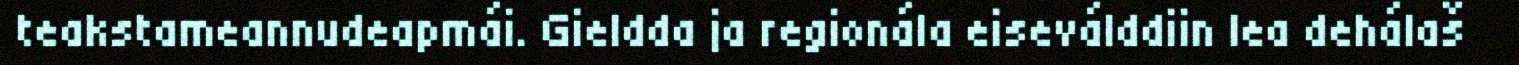
teakstameannudeapmái. Gieldda ja regionála eiseválddiin lea dehálaš